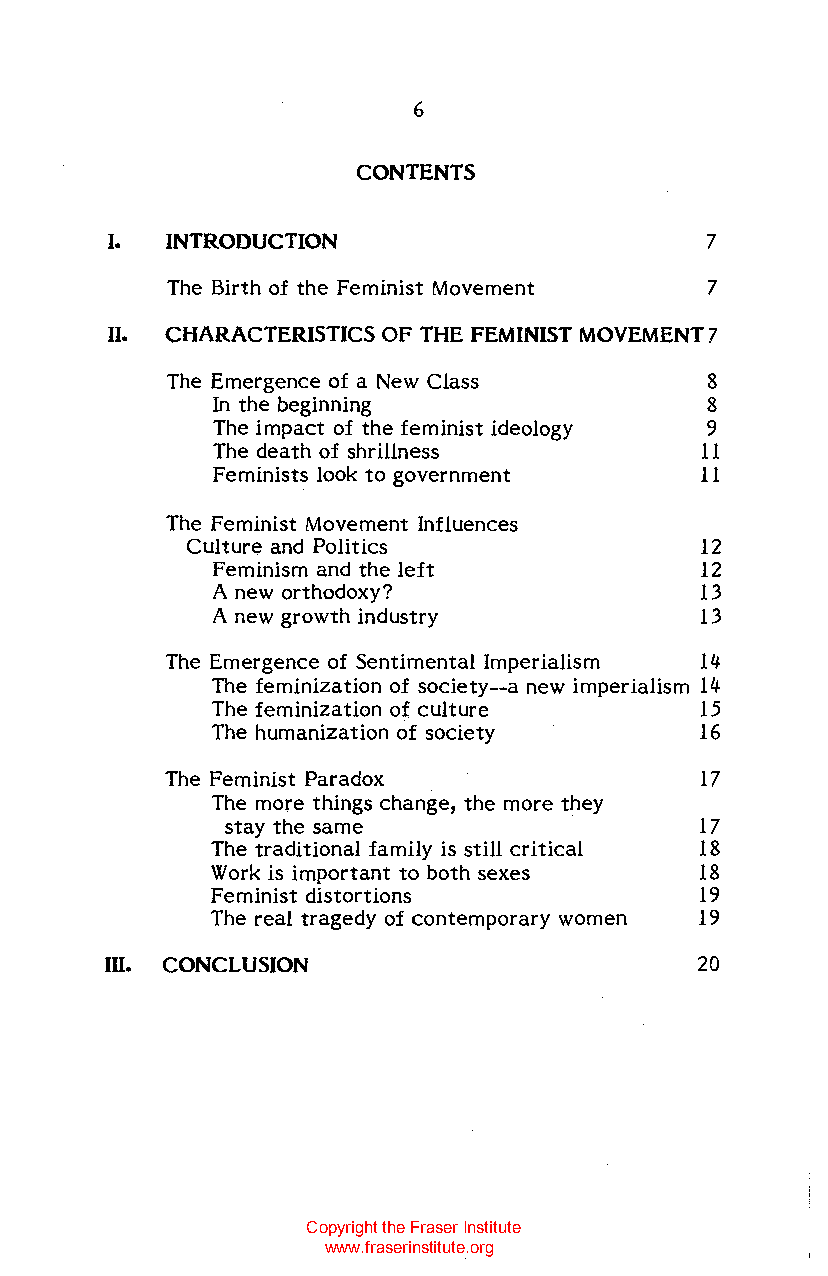
6
 CONTENTS
 I.  INTRODUCTION                        7
 The Birth of the Feminist Movement  7
 II. CHARACTERISTICS OF THE FEMINIST MOVEMENT 7
 The Emergence of a New Class        8
 In the beginning                 8
 The impact of the feminist ideology 9
 The death of shrillness         11
 Feminists look to government    11
 The Feminist Movement Influences
 Culture and Politics              12
 Feminism and the left           12
 A new orthodoxy?                13
 A new growth industry           13
 The Emergence of Sentimental Imperialism 14
 The feminization of society--a new imperialism 14
 The feminization of culture     15
 The humanization of society     16
 The Feminist Paradox               17
 The more things change, the more they
 stay the same                  17
 The traditional family is still critical 18
 Work is important to both sexes 18
 Feminist distortions            19
 The real tragedy of contemporary women 19
 III. CONCLUSION                        20
 Copyright the Fraser Institute
 www.fraserinstitute.org